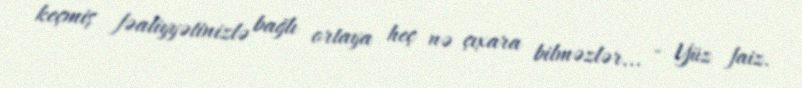
keçmiş fəaliyyətinizlə bağlı ortaya heç nə çıxara bilməzlər... - Yüz faiz.